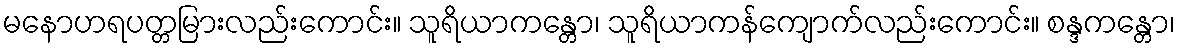
မနောဟရပတ္တမြားလည်းကောင်း။ သူရိယာကန္တော၊ သူရိယာကန်ကျောက်လည်းကောင်း။ စန္ဒကန္တော၊